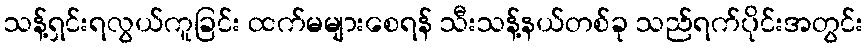
သန့်ရှင်းရလွယ်ကူခြင်း ထက်မများစေရန် သီးသန့်နယ်တစ်ခု သည်ရက်ပိုင်းအတွင်း